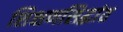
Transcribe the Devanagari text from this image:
शिक्षणसिद्धांत